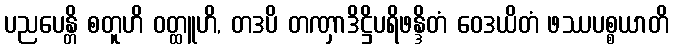
ပညပေန္တိ စတူဟိ ဝတ္ထူဟိ, တဒပိ တဏှာဒိဋ္ဌိပရိဖန္ဒိတံ ဝေဒယိတံ ဖဿပစ္စယာတိ